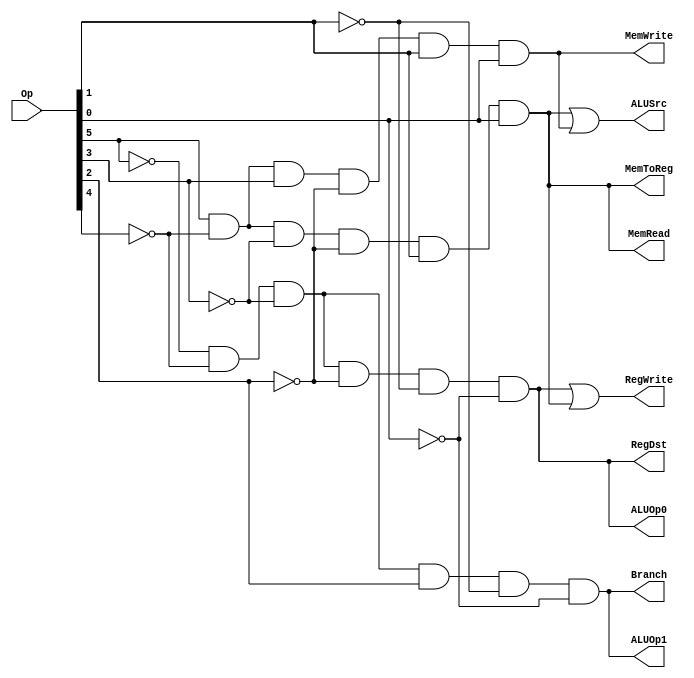
module  MainControlUnit(RegDst, ALUSrc, MemToReg, RegWrite, MemRead, MemWrite, Branch, ALUOp0, ALUOp1, Op);
  output  RegDst, ALUSrc, MemToReg, RegWrite, MemRead, MemWrite, Branch, ALUOp0, ALUOp1;
  input [5:0] Op;
  wire  RFormat, LW, SW, BEQ;
  assign  RFormat = (~Op[5])&(~Op[4])&(~Op[3])&(~Op[2])&(~Op[1])&(~Op[0]);
  assign  LW = (Op[5])&(~Op[4])&(~Op[3])&(~Op[2])&(Op[1])&(Op[0]);
  assign  SW = (Op[5])&(~Op[4])&(Op[3])&(~Op[2])&(Op[1])&(Op[0]);
  assign  BEQ = (~Op[5])&(~Op[4])&(~Op[3])&(Op[2])&(~Op[1])&(~Op[0]);
  assign  RegDst = RFormat;
  assign  ALUSrc = LW | SW;
  assign  MemToReg = LW;
  assign  RegWrite = RFormat | LW;
  assign  MemRead = LW;
  assign  MemWrite = SW;
  assign  Branch = BEQ;
  assign  ALUOp0 = RFormat;
  assign  ALUOp1 = BEQ;
endmodule

module MainControlTB;
  reg [5:0] Op;
  wire  RegDst, ALUSrc, MemToReg, RegWrite, MemRead, MemWrite, Branch, ALUOp0, ALUOp1;
  MainControlUnit MCU(RegDst, ALUSrc, MemToReg, RegWrite, MemRead, MemWrite, Branch, ALUOp0, ALUOp1, Op);
  initial begin
    $monitor($time, " Op[5] = %b, Op[4] = %b, Op[3] = %b, Op[2] = %b, Op[1] = %b, Op[0] = %b, RegDst = %b, ALUSrc = %b, MemToReg = %b, RegWrite = %b, MemRead = %b, MemWrite = %b, Branch = %b, ALUOp0 = %b, ALUOp1 = %b.", Op[5], Op[4], Op[3], Op[2], Op[1], Op[0], RegDst, ALUSrc, MemToReg, RegWrite, MemRead, MemWrite, Branch, ALUOp0, ALUOp1);
    #0  Op[5] = 1'b0; Op[4] = 1'b0; Op[3] = 1'b0; Op[2] = 1'b0; Op[1] = 1'b0; Op[0] = 1'b0;
    #100  Op[5] = 1'b1; Op[4] = 1'b0; Op[3] = 1'b0; Op[2] = 1'b0; Op[1] = 1'b1; Op[0] = 1'b1;
    #100  Op[5] = 1'b1; Op[4] = 1'b0; Op[3] = 1'b1; Op[2] = 1'b0; Op[1] = 1'b1; Op[0] = 1'b1;
    #100  Op[5] = 1'b0; Op[4] = 1'b0; Op[3] = 1'b0; Op[2] = 1'b1; Op[1] = 1'b0; Op[0] = 1'b0;
    #100  $finish;
  end
endmodule